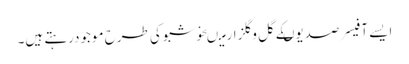
ایسے آفیسر صدیوںکے گل وگلزارمیںخوشبوکی طرح موجودرہتے ہیں۔